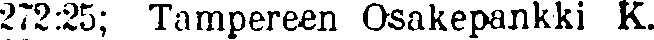
272:25; Tampereen Osakepankki K.